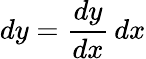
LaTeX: dy={\frac{dy}{dx}}\, dx